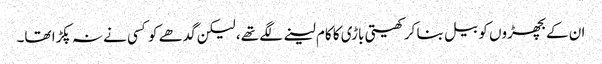
ان کے بچھڑوں کو بیل بنا کر کھیتی باڑی کا کام لینے لگے تھے، لیکن گدھے کو کسی نے نہ پکڑا تھا۔